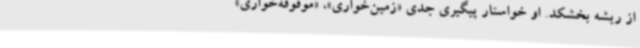
از ریشه بخشکد. او خواستار پیگیری جدی «زمین‌خواری»، «موقوفه‌خواری»